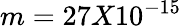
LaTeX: m=27X10^{-15}